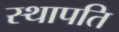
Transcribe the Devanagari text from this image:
स्‍थापति